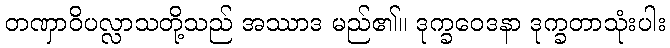
တဏှာဝိပလ္လာသတို့သည် အဿာဒ မည်၏။ ဒုက္ခဝေဒနာ ဒုက္ခတာသုံးပါး